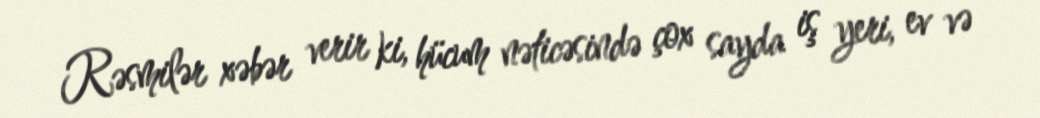
Rəsmilər xəbər verir ki, hücum nəticəsində çox sayda iş yeri, ev və